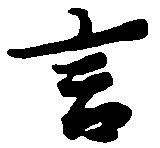
言